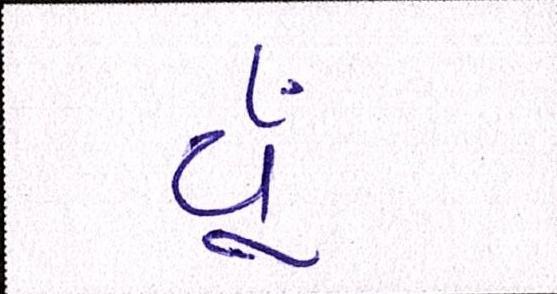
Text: યૂઁ